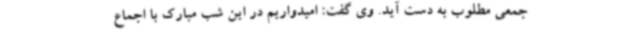
جمعی مطلوب به دست آید. وی گفت: امیدواریم در این شب مبارک با اجماع